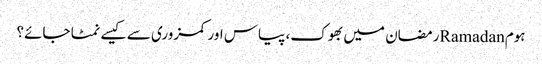
ہومRamadanرمضان میں بھوک، پیاس اور کمزوری سے کیسے نمٹا جائے؟